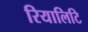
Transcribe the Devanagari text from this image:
रियालिटि